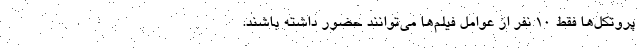
پروتکل‌ها فقط ۱۰ نفر از عوامل فیلم‌ها می‌توانند حضور داشته باشند.